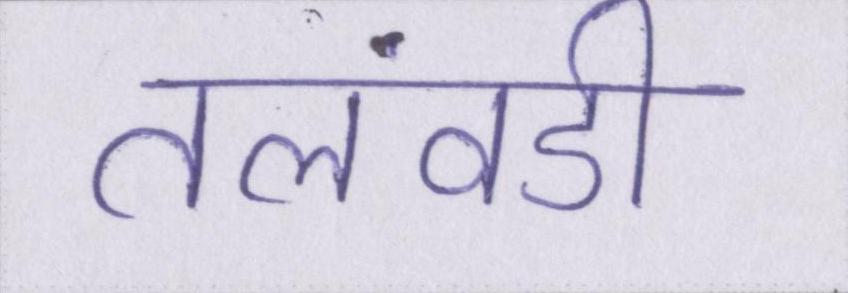
तलवंडी